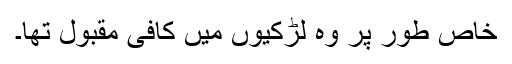
خاص طور پر وہ لڑکیوں میں کافی مقبول تھا۔